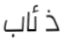
ذئاب